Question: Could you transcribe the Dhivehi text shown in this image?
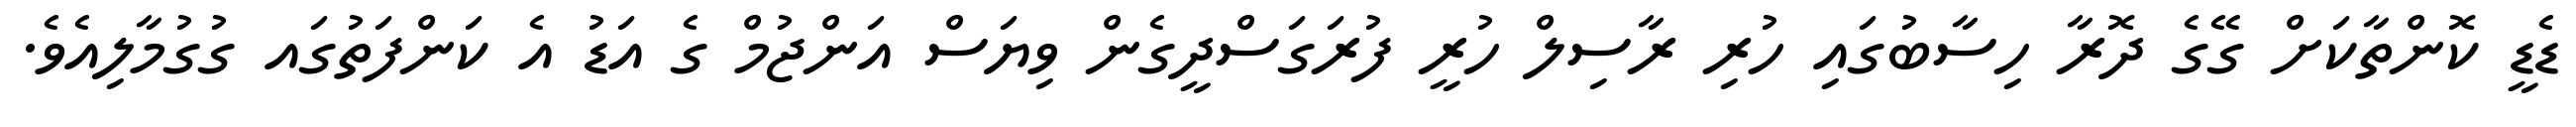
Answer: ޑެޑީ ކޮންތާކަށް ގޭގެ ދޮރާ ހިސާބުގައި ހުރި ރާސިލް ހުރީ ފުރަގަސްދީގެން ވިޔަސް އަންޖުމް ގެ އަޑު އެ ކަންފަތުގައ ގުގުމާލިއެވެ.